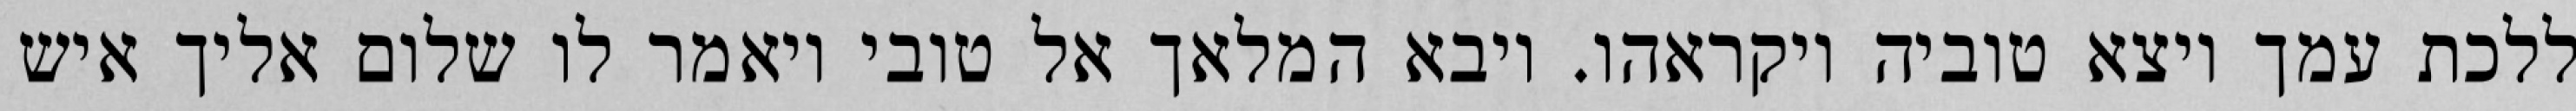
ללכת עמך ויצא טוביה ויקראהו. ויבא המלאך אל טובי ויאמר לו שלום אליך איש